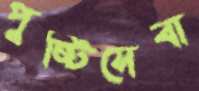
পুষ্টিসেবা